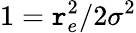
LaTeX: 1=\mathtt{r}_{e}^{2}/2\sigma^{2}